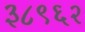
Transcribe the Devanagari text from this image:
३८९६२